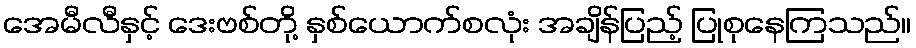
အေမီလီနှင့် ဒေးဗစ်တို့ နှစ်ယောက်စလုံး အချိန်ပြည့် ပြုစုနေကြသည်။